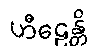
ဟီဠေန္တိ